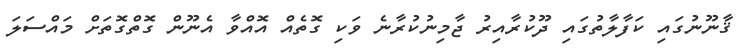
ޤާނޫނުގައި ކަފާލާތުގައި ދޫކުރާއިރު ޖާމިނުކުރާނެ ވަކި ގޮތެއް އޮއްވާ އެނޫން ގޮތްގޮތަށް މައްސަލަ